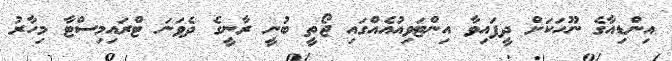
އިންޑިއާގެ ނޫހަކަށް ދީފައިވާ އިންޓަވިއުއެއްގައި ޖޯތީ ބުނީ ރާނީގެ ދެވަނަ ޓްރައިމިސްޓާ މިހާރު